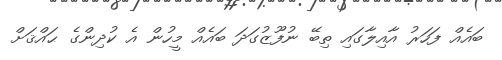
ބައެއް ފަހަރު އާއިލާގައި ތިބޭ ނުފޫޒުގަދަ ބައެއް މީހުން އެ ކުދިންގެ ޙައްޤަށް